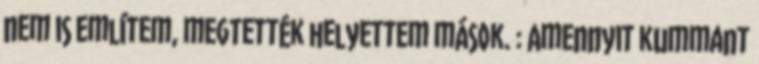
nem is említem, megtették helyettem mások. : Amennyit kummant